Civil Veterinary Department Bihar & Orissa reports 1929-36 - 1929-1936
Year: 1929
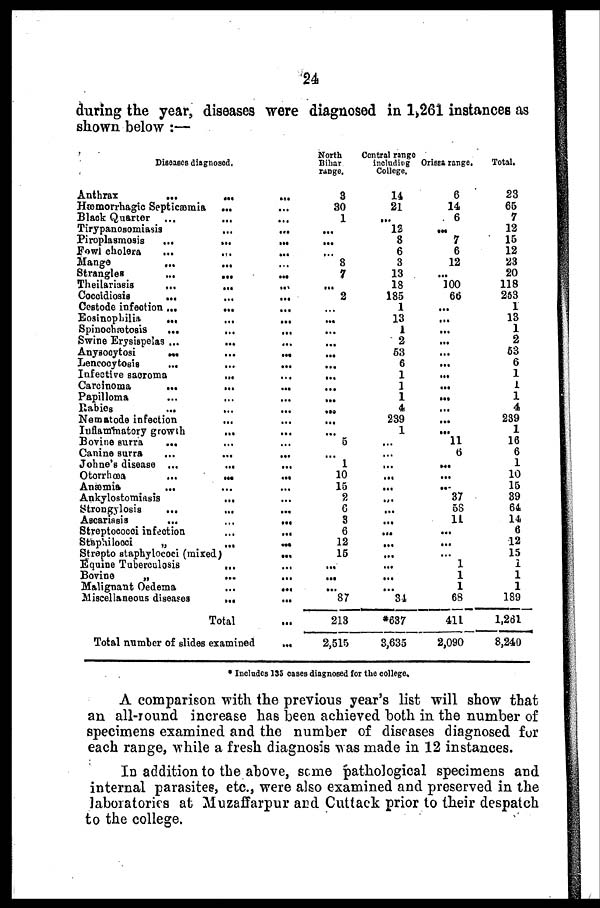
24
during the year, diseases were diagnosed in 1,261 instances as
shown below :—
Diseases diagnosed,
Anthrax
...
...
...
Hæmorrhagic Septicæmia ... ...
Black Quarter ... ... ...
Tirypanosomiasis
...
...
Piroplasmosis
...
...
...
Fewl cholera
...
...
...
Mange
...
... ...
Strangles
...
...
...
Theilariasis
...
...
...
Coccidiosis
...
...
...
Cestode infection ...
...
...
Eosinophilia
...
...
...
Spinochætosis
...
...
...
Swine Erysispelas ...
... ...
Anysocytosi
...
...
...
Lencocytosis
...
...
...
Infective sacroma
... ... ...
Carcinoma
...
...
...
Papilloma
...
... ...
Rabies ... ... ...
Nematode infection ... ...
Inflammatory growth
... ...
Bovine surra
... ... ...
Canine surra
...
...
...
Johne's disease ...
...
...
Otorrhœa
...
...
...
Anæmia ... ... ...
Ankylostomiasis
...
...
Strongylosis
...
...
...
Ascariasis
...
...
...
Streptococci infection
...
...
Staphilocci
„
...
...
Strepto staphylococi (mixed)
...
Equine Tuberculosis
...
Bovine
„
...
...
Malignant Oedema
...
...
Miscellaneous diseases
...
...
Total ...
Total number of slides examined
...
North
Bihar
range.
3
30
1
...
...
...
8
7
...
2
...
...
...
...
...
...
...
...
...
...
...
5
......
1
10
15
2
6
3
6
12
15
...
...
...
87
213
2,515
Central range
including
College.
14
21
...
12
8
6
3
13
18
185
1
13
1
2
53
6
1
1
1
4
239
1
...
...
...
...
...
...
...
...
...
...
...
...
...
...
34
*637
3,635
Orissa range.
6
14
6
...
7
6
12
...
100
66
...
...
...
...
...
...
...
...
...
...
...
...
11
6
...
...
...
37
58
11
...
...
...
1
1
1
68
411
2,090
Total.
23
65
7
12
15
12
23
20
118
253
1
13
1
2
53
6
1
1
1
4
239
1
16
6
1
10
15
39
64
14
6
12
15
1
1
1
189
1,261
8,240
* Includes 135 cases diagnosed for the college.
A comparison with the previous year's list will show that
an all-round increase has been achieved both in the number of
specimens examined and the number of diseases diagnosed for
each range, while a fresh diagnosis was made in 12 instances.
In addition to the above, some pathological specimens and
internal parasites, etc., were also examined and preserved in the
laboratories at Muzaffarpur and Cuttack prior to their despatch
to the college.